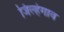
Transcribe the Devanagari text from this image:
जिल्हेगाव